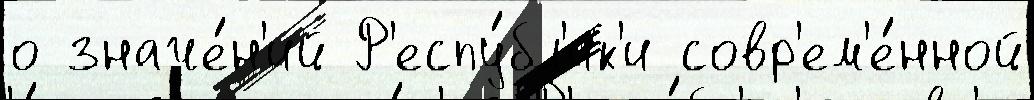
о значе́н'ий Р'еспу́бл'ик'и совр'ем'е́нной